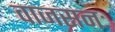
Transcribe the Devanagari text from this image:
वाजसनः